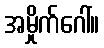
အမှိုက်ဂေါ်။